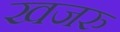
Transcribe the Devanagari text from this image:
खजरु